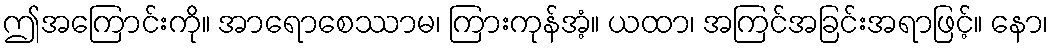
ဤအကြောင်းကို။ အာရောစေဿာမ၊ ကြားကုန်အံ့။ ယထာ၊ အကြင်အခြင်းအရာဖြင့်။ နော၊